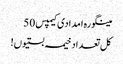
مینگورہ امدادی کیمپس 50
کل تعداد خیمہ بستیوں!